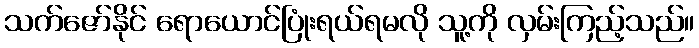
သက်ဇော်နိုင် ရောယောင်ပြုံးရယ်ရမလို သူ့ကို လှမ်းကြည့်သည်။